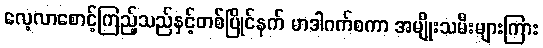
လေ့လာစောင့်ကြည့်သည်နှင့်တစ်ပြိုင်နက် မာဒါဂက်စကာ အမျိုးသမီးများကြား